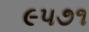
૯૫૭૧